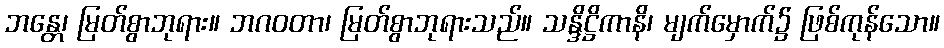
ဘန္တေ၊ မြတ်စွာဘုရား။ ဘဂဝတာ၊ မြတ်စွာဘုရားသည်။ သန္ဒိဋ္ဌိကာနိ၊ မျက်မှောက်၌ ဖြစ်ကုန်သော။